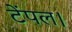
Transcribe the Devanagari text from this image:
टेंपल।